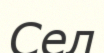
Сел